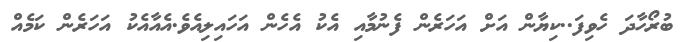
ބުރޯހާދަ ހެވިފަ..ކިޔާން އަށް އަހަރެން ފެނުމާއި އެކު އެހެން އަހައިލިއެވެ.އެއާއެކު އަހަރެން ކަމެއް